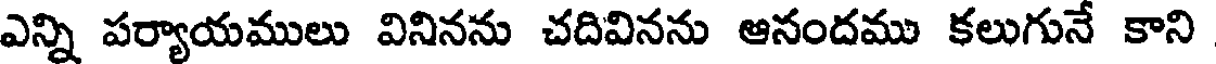
ఎన్ని పర్యాయములు వినినను చదివినను ఆనందము కలుగునే కాని